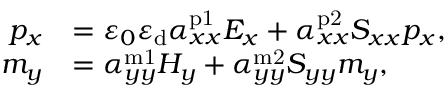
\begin{array} { r l } { p _ { x } } & { = \varepsilon _ { 0 } \varepsilon _ { \mathrm { d } } \alpha _ { x x } ^ { \mathrm { p 1 } } E _ { x } + \alpha _ { x x } ^ { \mathrm { p 2 } } S _ { x x } p _ { x } , } \\ { m _ { y } } & { = \alpha _ { y y } ^ { \mathrm { m 1 } } H _ { y } + \alpha _ { y y } ^ { \mathrm { m 2 } } S _ { y y } m _ { y } , } \end{array}